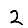
Digit: 2